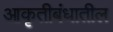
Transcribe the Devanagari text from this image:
आकृतीबंधातील